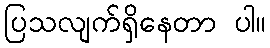
ပြသလျက်ရှိနေတာ ပါ။